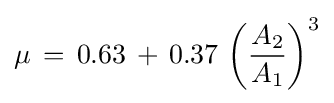
\mu \,=\,0.63\,+\,0.37\,\left({\frac {A_{2}}{A_{1}}}\right)^{3}